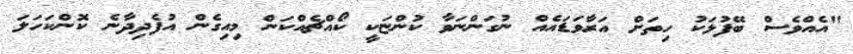
"އެއްވެސް ބޭފުޅަކު ހިތަށް އަރާވަޑައެއް ނުގަންނަވާ ކުންޏަކީ ކޯއްޗެއްކަން މިއިގެން އުފެދިދާނެ ކޮންކަހަލަ